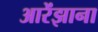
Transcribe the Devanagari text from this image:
आरेंझाना